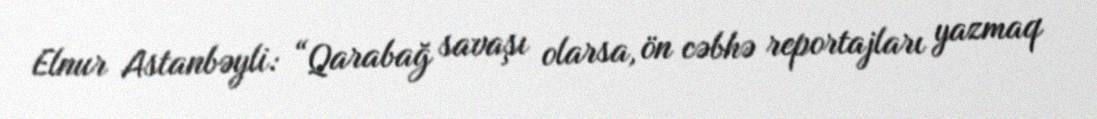
Elnur Astanbəyli: “Qarabağ savaşı olarsa, ön cəbhə reportajları yazmaq